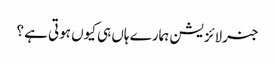
جنرلائزیشن ہمارے ہاں ہی کیوں ہوتی ہے ؟